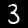
Label: 3